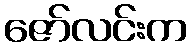
ဇော်လင်းက